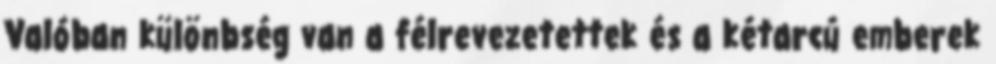
Valóban különbség van a félrevezetettek és a kétarcú emberek